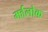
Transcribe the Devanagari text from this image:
मर्हलोक